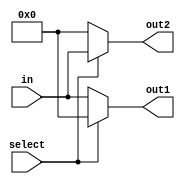
module DEMUX1to2_8bit (in,select,out1,out2);

parameter N = 8; // default width
input select;
input [N-1:0] in;
output reg [N-1:0] out1, out2;
always @(select or in) 
begin
 if (select == 1) out2 = in; else out2 = {N{1'b0}};
 if (select == 0) out1 = in; else out1 = {N{1'b0}};
end


endmodule